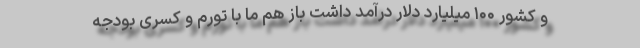
و کشور ۱۰۰ میلیارد دلار درآمد داشت باز هم ما با تورم و کسری بودجه